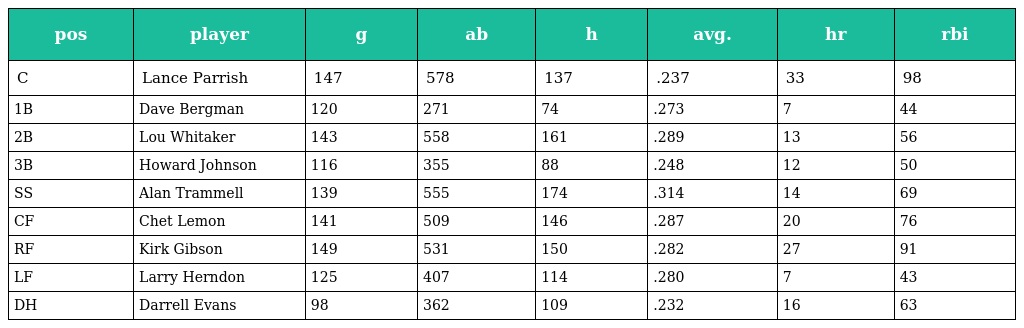
| pos | player | g | ab | h | avg. | hr | rbi |
 | --- | --- | --- | --- | --- | --- | --- | --- |
 | C | Lance Parrish | 147 | 578 | 137 | .237 | 33 | 98 |
 | 1B | Dave Bergman | 120 | 271 | 74 | .273 | 7 | 44 |
 | 2B | Lou Whitaker | 143 | 558 | 161 | .289 | 13 | 56 |
 | 3B | Howard Johnson | 116 | 355 | 88 | .248 | 12 | 50 |
 | SS | Alan Trammell | 139 | 555 | 174 | .314 | 14 | 69 |
 | CF | Chet Lemon | 141 | 509 | 146 | .287 | 20 | 76 |
 | RF | Kirk Gibson | 149 | 531 | 150 | .282 | 27 | 91 |
 | LF | Larry Herndon | 125 | 407 | 114 | .280 | 7 | 43 |
 | DH | Darrell Evans | 98 | 362 | 109 | .232 | 16 | 63 |